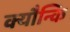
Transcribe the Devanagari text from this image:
क्यौन्कि